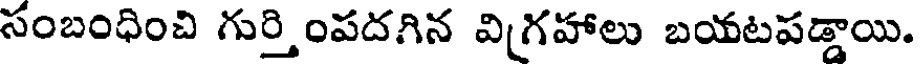
సంబంధించి గుర్తింపదగిన విగ్రహాలు బయటపడ్డాయి.